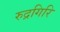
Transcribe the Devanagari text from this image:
रुद्रगिरि